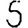
Digit: 5